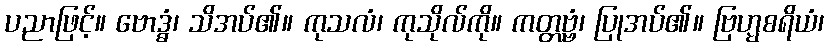
ပညာဖြင့်။ ဗောဒ္ဓံ၊ သိအပ်၏။ ကုသလံ၊ ကုသိုလ်ကို။ ကတ္တဗ္ဗံ၊ ပြုအပ်၏။ ဗြဟ္မစရိယံ၊